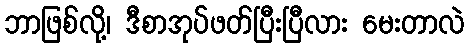
ဘာဖြစ်လို့၊ ဒီစာအုပ်ဖတ်ပြီးပြီလား မေးတာလဲ